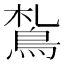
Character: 𩿤